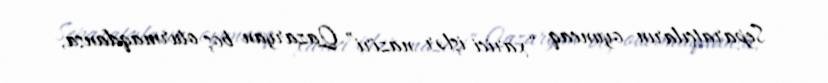
Separatçıların oyuncaq “xarici işlər naziri” Qazaryan boş oturmaqdansa,